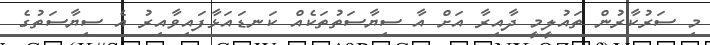
މި ސަރުކާރުން ތައުލީމީ ދާއިރާ އަށް އާ ސިޔާސަތުތަކެއް ކަނޑައަޅާފައިވާއިރު އެ ސިޔާސަތުގެ